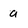
Character: a